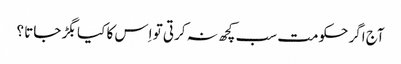
آج اگر حکومت سب کچھ نہ کرتی تو اِس کا کیا بگڑ جاتا ؟